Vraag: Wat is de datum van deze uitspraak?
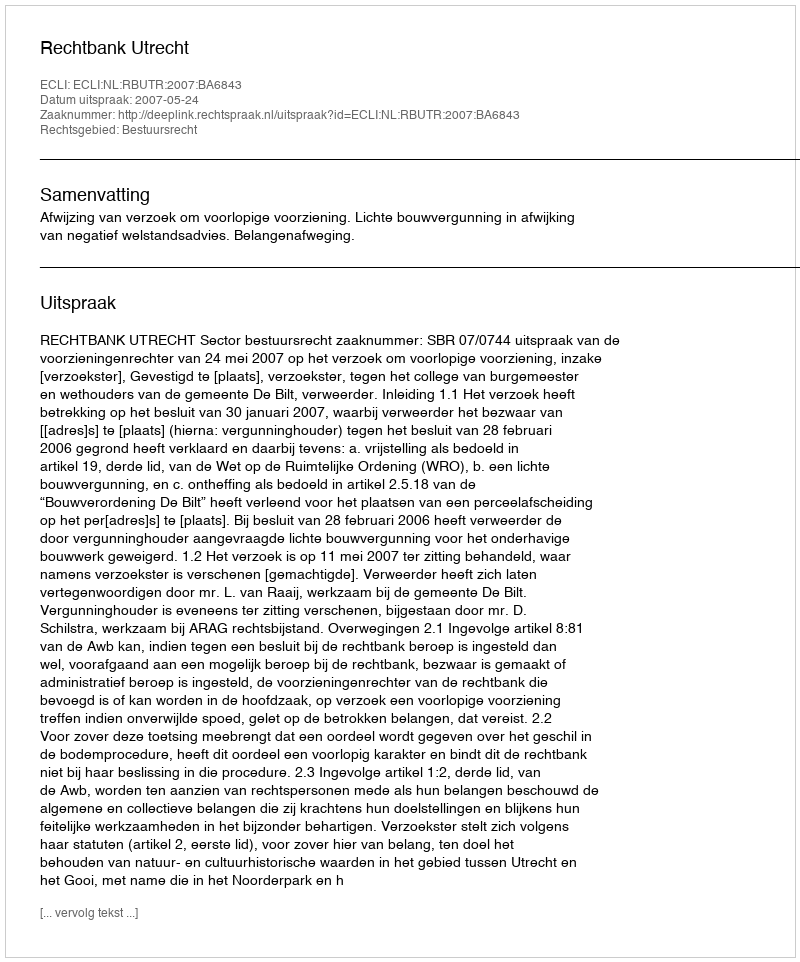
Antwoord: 2007-05-24